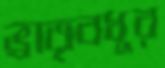
ভ্রাতৃবধূর